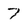
Character: 7